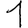
Digit: 1